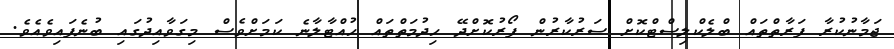
ޖަމާނުކުރާ ފަރާތްތައް ބްލެކްލިސްޓްކޮށް ސަރުކާރުން ފޯރުކޮށްދޭ ހިދުމަތްތައް ހުއްޓާލާނެ ކަމަށްވެސް މިގަވާއިދުގައި ބުނެފައިވެއެވެ.